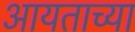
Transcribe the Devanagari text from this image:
आयताच्या